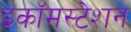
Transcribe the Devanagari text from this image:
इकॉमस्टेशन